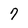
Character: 7